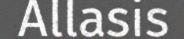
Allasis